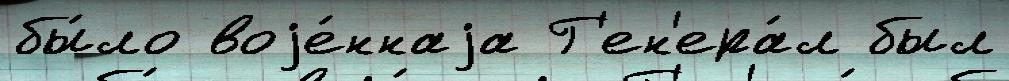
бы́ло воjе́ннаjа Г'ен'ера́л был